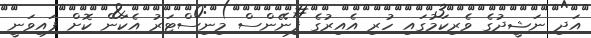
އަދި ނަޝީދުގެ ވެރިކަމުގައި ހުރި އެއިރުގެ ފިނޭންސް މިނިސްޓަރު އެކަން ކޮށް ފައިވަނީ